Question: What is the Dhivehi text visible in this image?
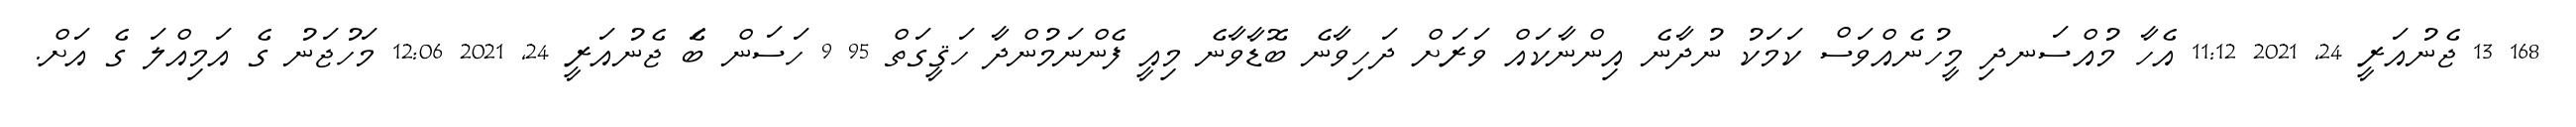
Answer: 168 13 ޖެނުއަރީ 24, 2021 11:12 އެހާ މުއްސަނދި މީހުނެއްވަސް ކަމަކު ނުދާނެ އިންނާކައް ވަރަށް ދަހިވާނެ ބޮޑާވާނެ މިއީ ފެންނަމުންދާ ހަޤީގަތް 95 9 ހަސަން ބަެ ޖެނުއަރީ 24, 2021 12:06 މަހުޖަނު ގެ އަމިއްލަ ގެ އަށް.